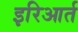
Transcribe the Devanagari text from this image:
इरिआर्त